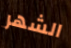
الشهر